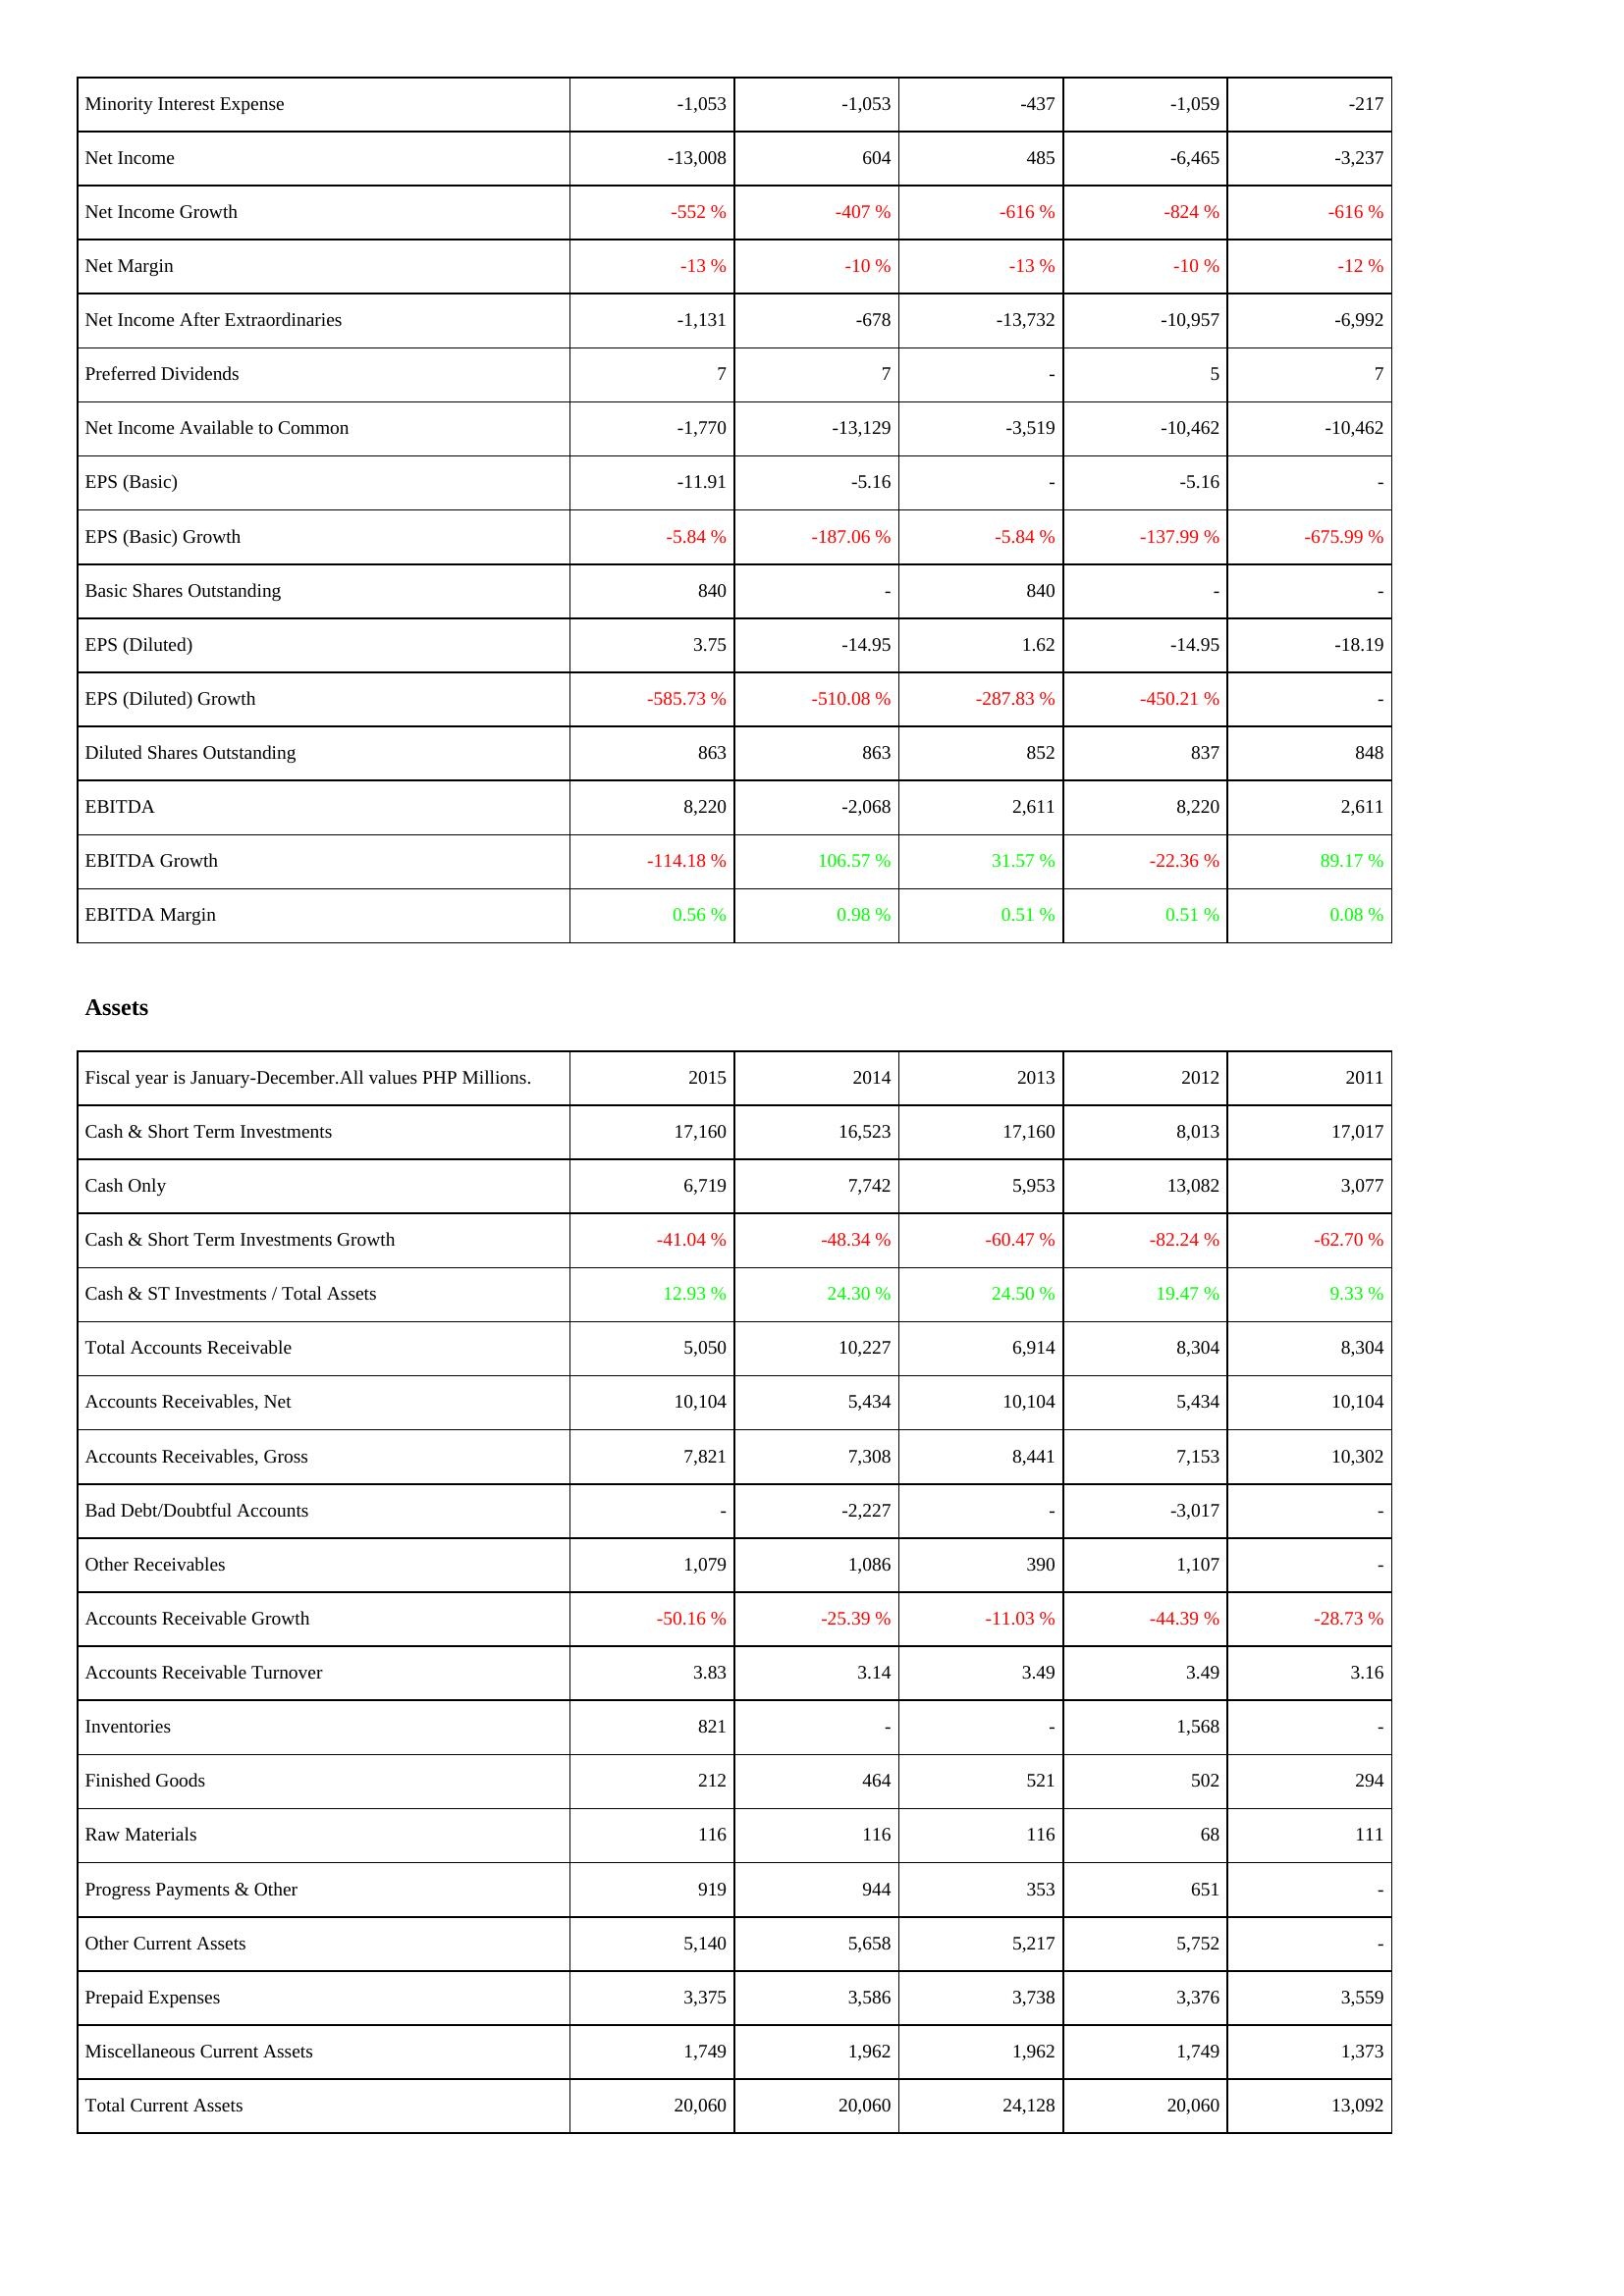
2015: Income Statement: Minority Interest Expense: -1,053
Net Income: -13,008
Net Income Growth: -552 %
Net Margin: -13 %
Net Income After Extraordinaries: -1,131
Preferred Dividends: 7
Net Income Available to Common: -1,770
EPS (Basic): -11.91
EPS (Basic) Growth: -5.84 %
Basic Shares Outstanding: 840
EPS (Diluted): 3.75
EPS (Diluted) Growth: -585.73 %
Diluted Shares Outstanding: 863
EBITDA: 8,220
EBITDA Growth: -114.18 %
EBITDA Margin: 0.56 %
Assets: Cash & Short Term Investments: 17,160
Cash Only: 6,719
Cash & Short Term Investments Growth: -41.04 %
Cash & ST Investments / Total Assets: 12.93 %
Total Accounts Receivable: 5,050
Accounts Receivables, Net: 10,104
Accounts Receivables, Gross: 7,821
Bad Debt/Doubtful Accounts: -
Other Receivables: 1,079
Accounts Receivable Growth: -50.16 %
Accounts Receivable Turnover: 3.83
Inventories: 821
Finished Goods: 212
Raw Materials: 116
Progress Payments & Other: 919
Other Current Assets: 5,140
Prepaid Expenses: 3,375
Miscellaneous Current Assets: 1,749
Total Current Assets: 20,060
2014: Income Statement: Minority Interest Expense: -1,053
Net Income: 604
Net Income Growth: -407 %
Net Margin: -10 %
Net Income After Extraordinaries: -678
Preferred Dividends: 7
Net Income Available to Common: -13,129
EPS (Basic): -5.16
EPS (Basic) Growth: -187.06 %
Basic Shares Outstanding: -
EPS (Diluted): -14.95
EPS (Diluted) Growth: -510.08 %
Diluted Shares Outstanding: 863
EBITDA: -2,068
EBITDA Growth: 106.57 %
EBITDA Margin: 0.98 %
Assets: Cash & Short Term Investments: 16,523
Cash Only: 7,742
Cash & Short Term Investments Growth: -48.34 %
Cash & ST Investments / Total Assets: 24.30 %
Total Accounts Receivable: 10,227
Accounts Receivables, Net: 5,434
Accounts Receivables, Gross: 7,308
Bad Debt/Doubtful Accounts: -2,227
Other Receivables: 1,086
Accounts Receivable Growth: -25.39 %
Accounts Receivable Turnover: 3.14
Inventories: -
Finished Goods: 464
Raw Materials: 116
Progress Payments & Other: 944
Other Current Assets: 5,658
Prepaid Expenses: 3,586
Miscellaneous Current Assets: 1,962
Total Current Assets: 20,060
2013: Income Statement: Minority Interest Expense: -437
Net Income: 485
Net Income Growth: -616 %
Net Margin: -13 %
Net Income After Extraordinaries: -13,732
Preferred Dividends: -
Net Income Available to Common: -3,519
EPS (Basic): -
EPS (Basic) Growth: -5.84 %
Basic Shares Outstanding: 840
EPS (Diluted): 1.62
EPS (Diluted) Growth: -287.83 %
Diluted Shares Outstanding: 852
EBITDA: 2,611
EBITDA Growth: 31.57 %
EBITDA Margin: 0.51 %
Assets: Cash & Short Term Investments: 17,160
Cash Only: 5,953
Cash & Short Term Investments Growth: -60.47 %
Cash & ST Investments / Total Assets: 24.50 %
Total Accounts Receivable: 6,914
Accounts Receivables, Net: 10,104
Accounts Receivables, Gross: 8,441
Bad Debt/Doubtful Accounts: -
Other Receivables: 390
Accounts Receivable Growth: -11.03 %
Accounts Receivable Turnover: 3.49
Inventories: -
Finished Goods: 521
Raw Materials: 116
Progress Payments & Other: 353
Other Current Assets: 5,217
Prepaid Expenses: 3,738
Miscellaneous Current Assets: 1,962
Total Current Assets: 24,128
2012: Income Statement: Minority Interest Expense: -1,059
Net Income: -6,465
Net Income Growth: -824 %
Net Margin: -10 %
Net Income After Extraordinaries: -10,957
Preferred Dividends: 5
Net Income Available to Common: -10,462
EPS (Basic): -5.16
EPS (Basic) Growth: -137.99 %
Basic Shares Outstanding: -
EPS (Diluted): -14.95
EPS (Diluted) Growth: -450.21 %
Diluted Shares Outstanding: 837
EBITDA: 8,220
EBITDA Growth: -22.36 %
EBITDA Margin: 0.51 %
Assets: Cash & Short Term Investments: 8,013
Cash Only: 13,082
Cash & Short Term Investments Growth: -82.24 %
Cash & ST Investments / Total Assets: 19.47 %
Total Accounts Receivable: 8,304
Accounts Receivables, Net: 5,434
Accounts Receivables, Gross: 7,153
Bad Debt/Doubtful Accounts: -3,017
Other Receivables: 1,107
Accounts Receivable Growth: -44.39 %
Accounts Receivable Turnover: 3.49
Inventories: 1,568
Finished Goods: 502
Raw Materials: 68
Progress Payments & Other: 651
Other Current Assets: 5,752
Prepaid Expenses: 3,376
Miscellaneous Current Assets: 1,749
Total Current Assets: 20,060
2011: Income Statement: Minority Interest Expense: -217
Net Income: -3,237
Net Income Growth: -616 %
Net Margin: -12 %
Net Income After Extraordinaries: -6,992
Preferred Dividends: 7
Net Income Available to Common: -10,462
EPS (Basic): -
EPS (Basic) Growth: -675.99 %
Basic Shares Outstanding: -
EPS (Diluted): -18.19
EPS (Diluted) Growth: -
Diluted Shares Outstanding: 848
EBITDA: 2,611
EBITDA Growth: 89.17 %
EBITDA Margin: 0.08 %
Assets: Cash & Short Term Investments: 17,017
Cash Only: 3,077
Cash & Short Term Investments Growth: -62.70 %
Cash & ST Investments / Total Assets: 9.33 %
Total Accounts Receivable: 8,304
Accounts Receivables, Net: 10,104
Accounts Receivables, Gross: 10,302
Bad Debt/Doubtful Accounts: -
Other Receivables: -
Accounts Receivable Growth: -28.73 %
Accounts Receivable Turnover: 3.16
Inventories: -
Finished Goods: 294
Raw Materials: 111
Progress Payments & Other: -
Other Current Assets: -
Prepaid Expenses: 3,559
Miscellaneous Current Assets: 1,373
Total Current Assets: 13,092